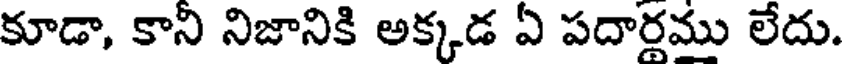
కూడా, కాని నిజానికి అక్కడ ఏ పదార్లము లేదు.